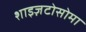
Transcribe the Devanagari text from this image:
शाइज़टोसोमा